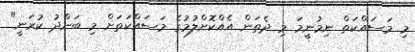
މި މަސައްކަތް ނިމުނީމަ މި ދެތަން އެއްކޮށްލުމުގެ މަސައްކަތަށް މި ބަންދު ކުރަނީ"